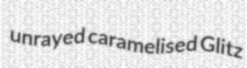
unrayed caramelised Glitz